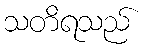
သတိရသည်